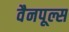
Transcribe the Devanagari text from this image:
वैनपूल्स